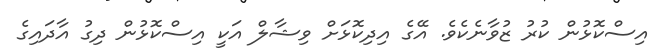
އިސްކޮޅުން ކުރު ޒުވާނެކެވެ. އޭގެ އިދިކޮޅަށް ވިޝާލް އަކީ އިސްކޮޅުން ދިގު އާދައިގެ